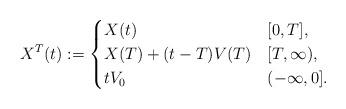
LaTeX: \begin{align*} X^T(t) := \begin{cases} X(t) & [0,T], \\ X(T) + (t-T)V(T) & [T,\infty), \\ t V_0 & (-\infty,0]. \end{cases}\end{align*}